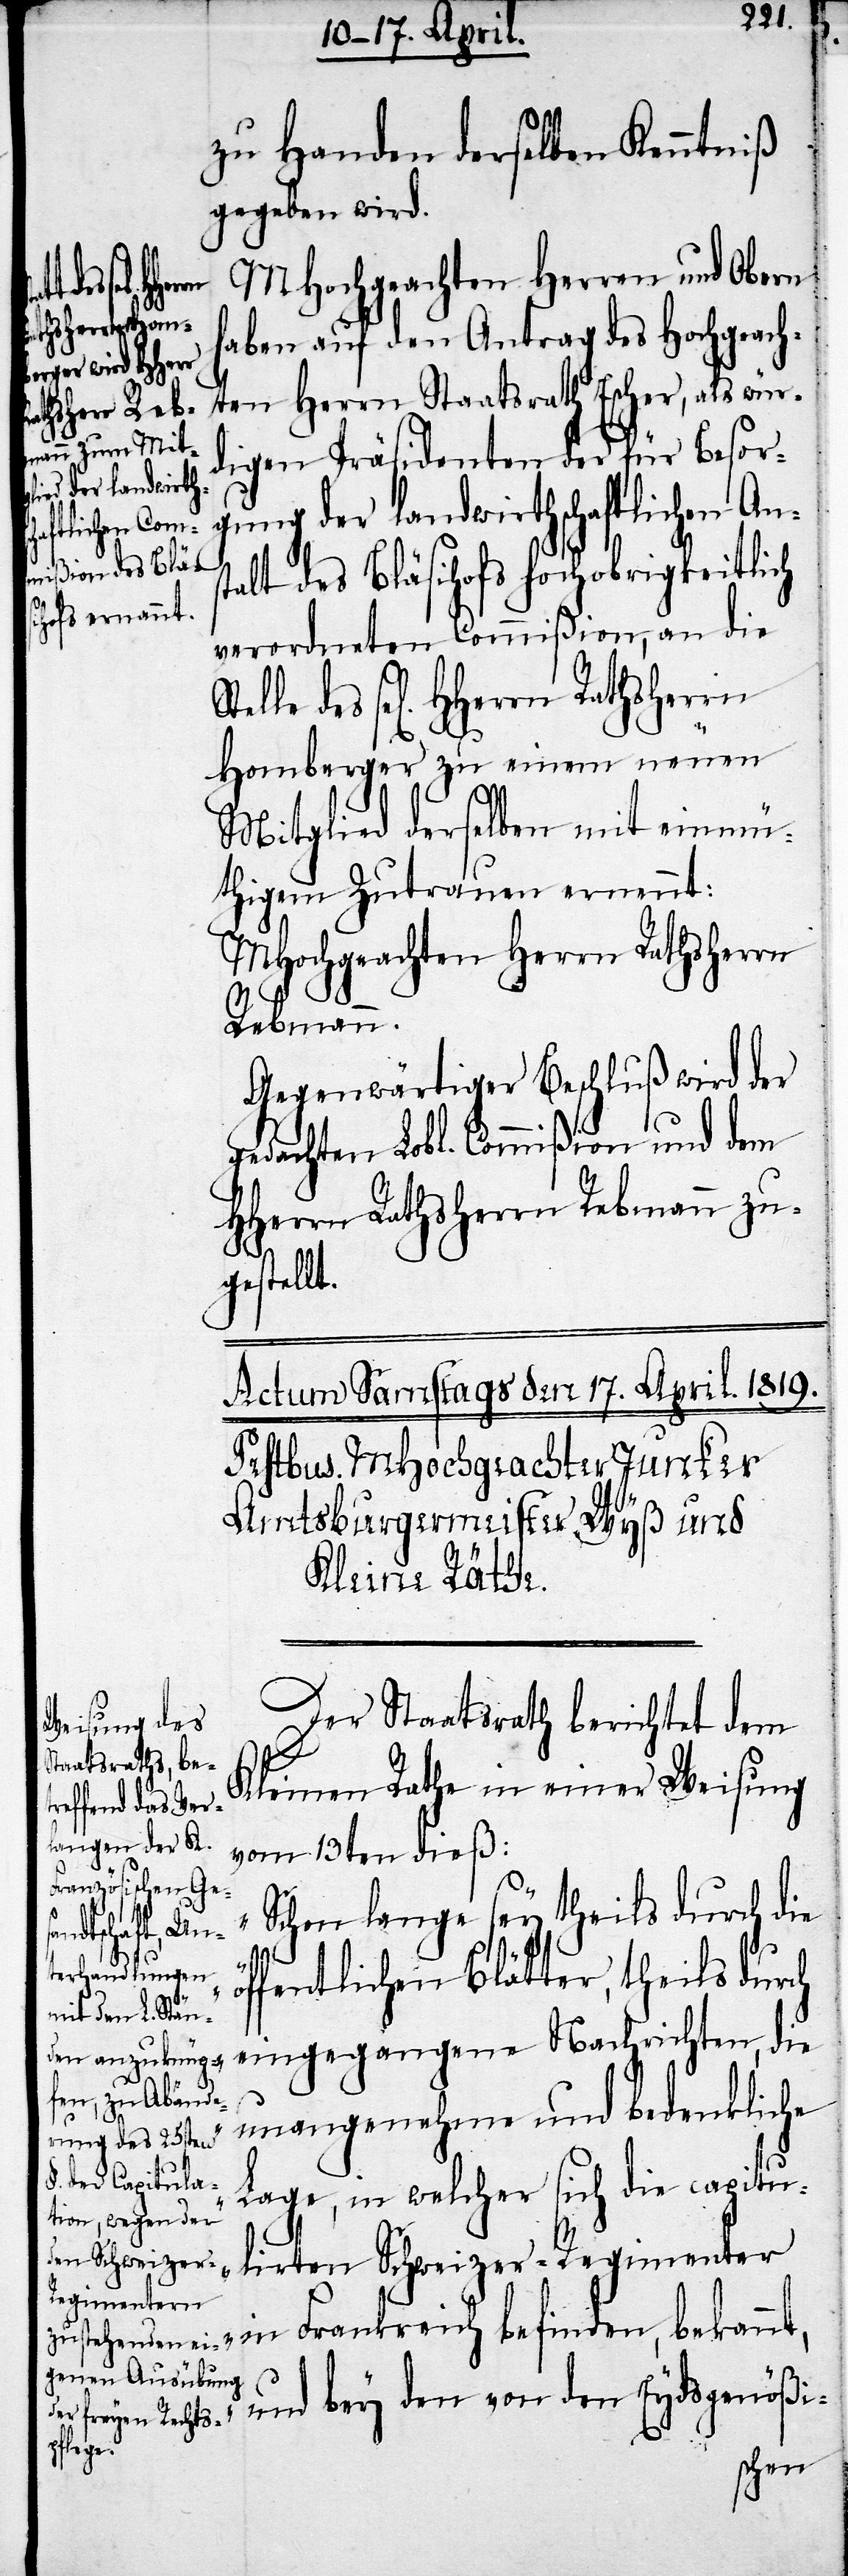
ung der landwirtsc¬
haftlichen Anst¬

zu Handen derselben Kenntniß
gegeben wird.
MHochgeachten Herren und Obern
haben auf den Antrag des Hochgeach¬
ten Herrn Staatsrath Escher, als wür¬
digen Präsidenten der für Besorg¬
alt des Bläsihofs hochobrigkeitlich
verordneten Commißion, an die
sel[igen] HHerrn Rathsherrn
Homberger zu einem neuen
Mitglied derselben mit einmü¬
thigem Zutrauen ernennt:
MHochgeachten Herrn Rathsherrn
Rebmann.
Gegenwärtiger Beschluß wird der
gedachten Lobl. Commißion und dem
HHerrn Rathsherrn Rebmann zu¬
gestellt.
Der Staatsrath berichtet dem
Kleinen Rathe in einer Weisung
vom 13ten dieß:
„Schon lange sey theils durch die
öffentlichen Blätter, theils durch
eingegangene Nachrichten, die
unangenehme und bedenkliche
Lage, in welcher sich die capitu¬
lirten Schweizer-Regimenter
in Frankreich befinden, bekannt,
und bey den von den Eydsgenößi-